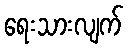
ရေးသားလျက်